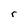
Character: r